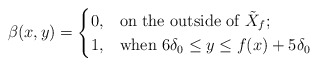
\begin{align*}\beta(x,y)=\begin{cases}0,&\mbox{on the outside of $\tilde{X}_{f}$;}\\1,&\mbox{when $6\delta_0\le y\le f(x)+5\delta_0$}\end{cases}\end{align*}